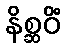
နိစ္ဆဝိံ